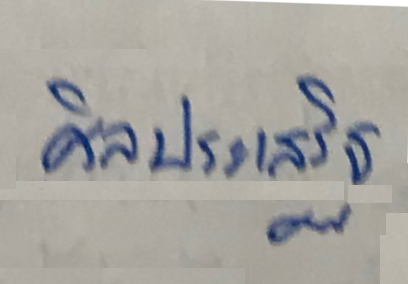
ศิลประเสริฐ